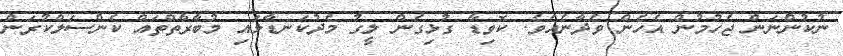
ނުކުންނަން ޖެހުމުން އެހެން ވެދާނެއެވެ. ކޮވިޑާ ގުޅިގެން ލީގު މެދުކަނޑާލައި މުބާރާތްތައް ކެންސަލްކުރަން